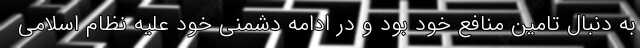
به دنبال تامین منافع خود بود و در ادامه دشمنی خود علیه نظام اسلامی